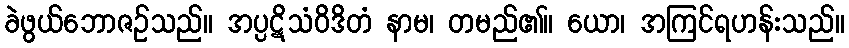
ခဲဖွယ်ဘောဇဉ်သည်။ အပ္ပဋိသံဝိဒိတံ နာမ၊ တမည်၏။ ယော၊ အကြင်ရဟန်းသည်။